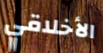
الأخلاقي